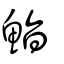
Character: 鮨